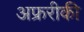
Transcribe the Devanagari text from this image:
अफ्ररीकी